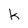
Character: k